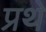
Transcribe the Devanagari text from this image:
प्रथे